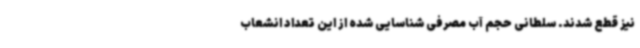
نیز قطع شدند. سلطانی حجم آب مصرفی شناسایی شده از این تعداد انشعاب